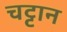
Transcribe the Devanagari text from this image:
चट्ट़ान